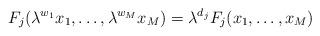
LaTeX: \begin{align*}F_j(\lambda^{w_1}x_1, \ldots, \lambda^{w_M}x_M) = \lambda^{d_j} F_j(x_1, \ldots, x_M)\end{align*}